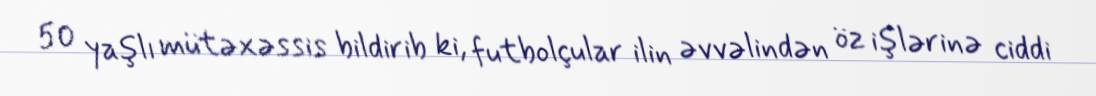
50 yaşlı mütəxəssis bildirib ki, futbolçular ilin əvvəlindən öz işlərinə ciddi